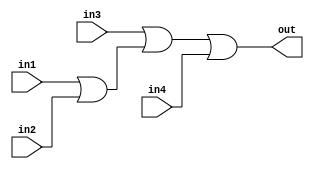
module fourinputor(out, in1, in2, in3, in4);
output out;
input in1, in2, in3, in4;
	or or0(tmp0, in1, in2);
	or or1(tmp1, in3, tmp0);
	or or2(out, tmp1, in4);
endmodule